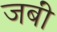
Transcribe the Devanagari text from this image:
जबीं